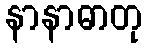
နာနာဓာတု